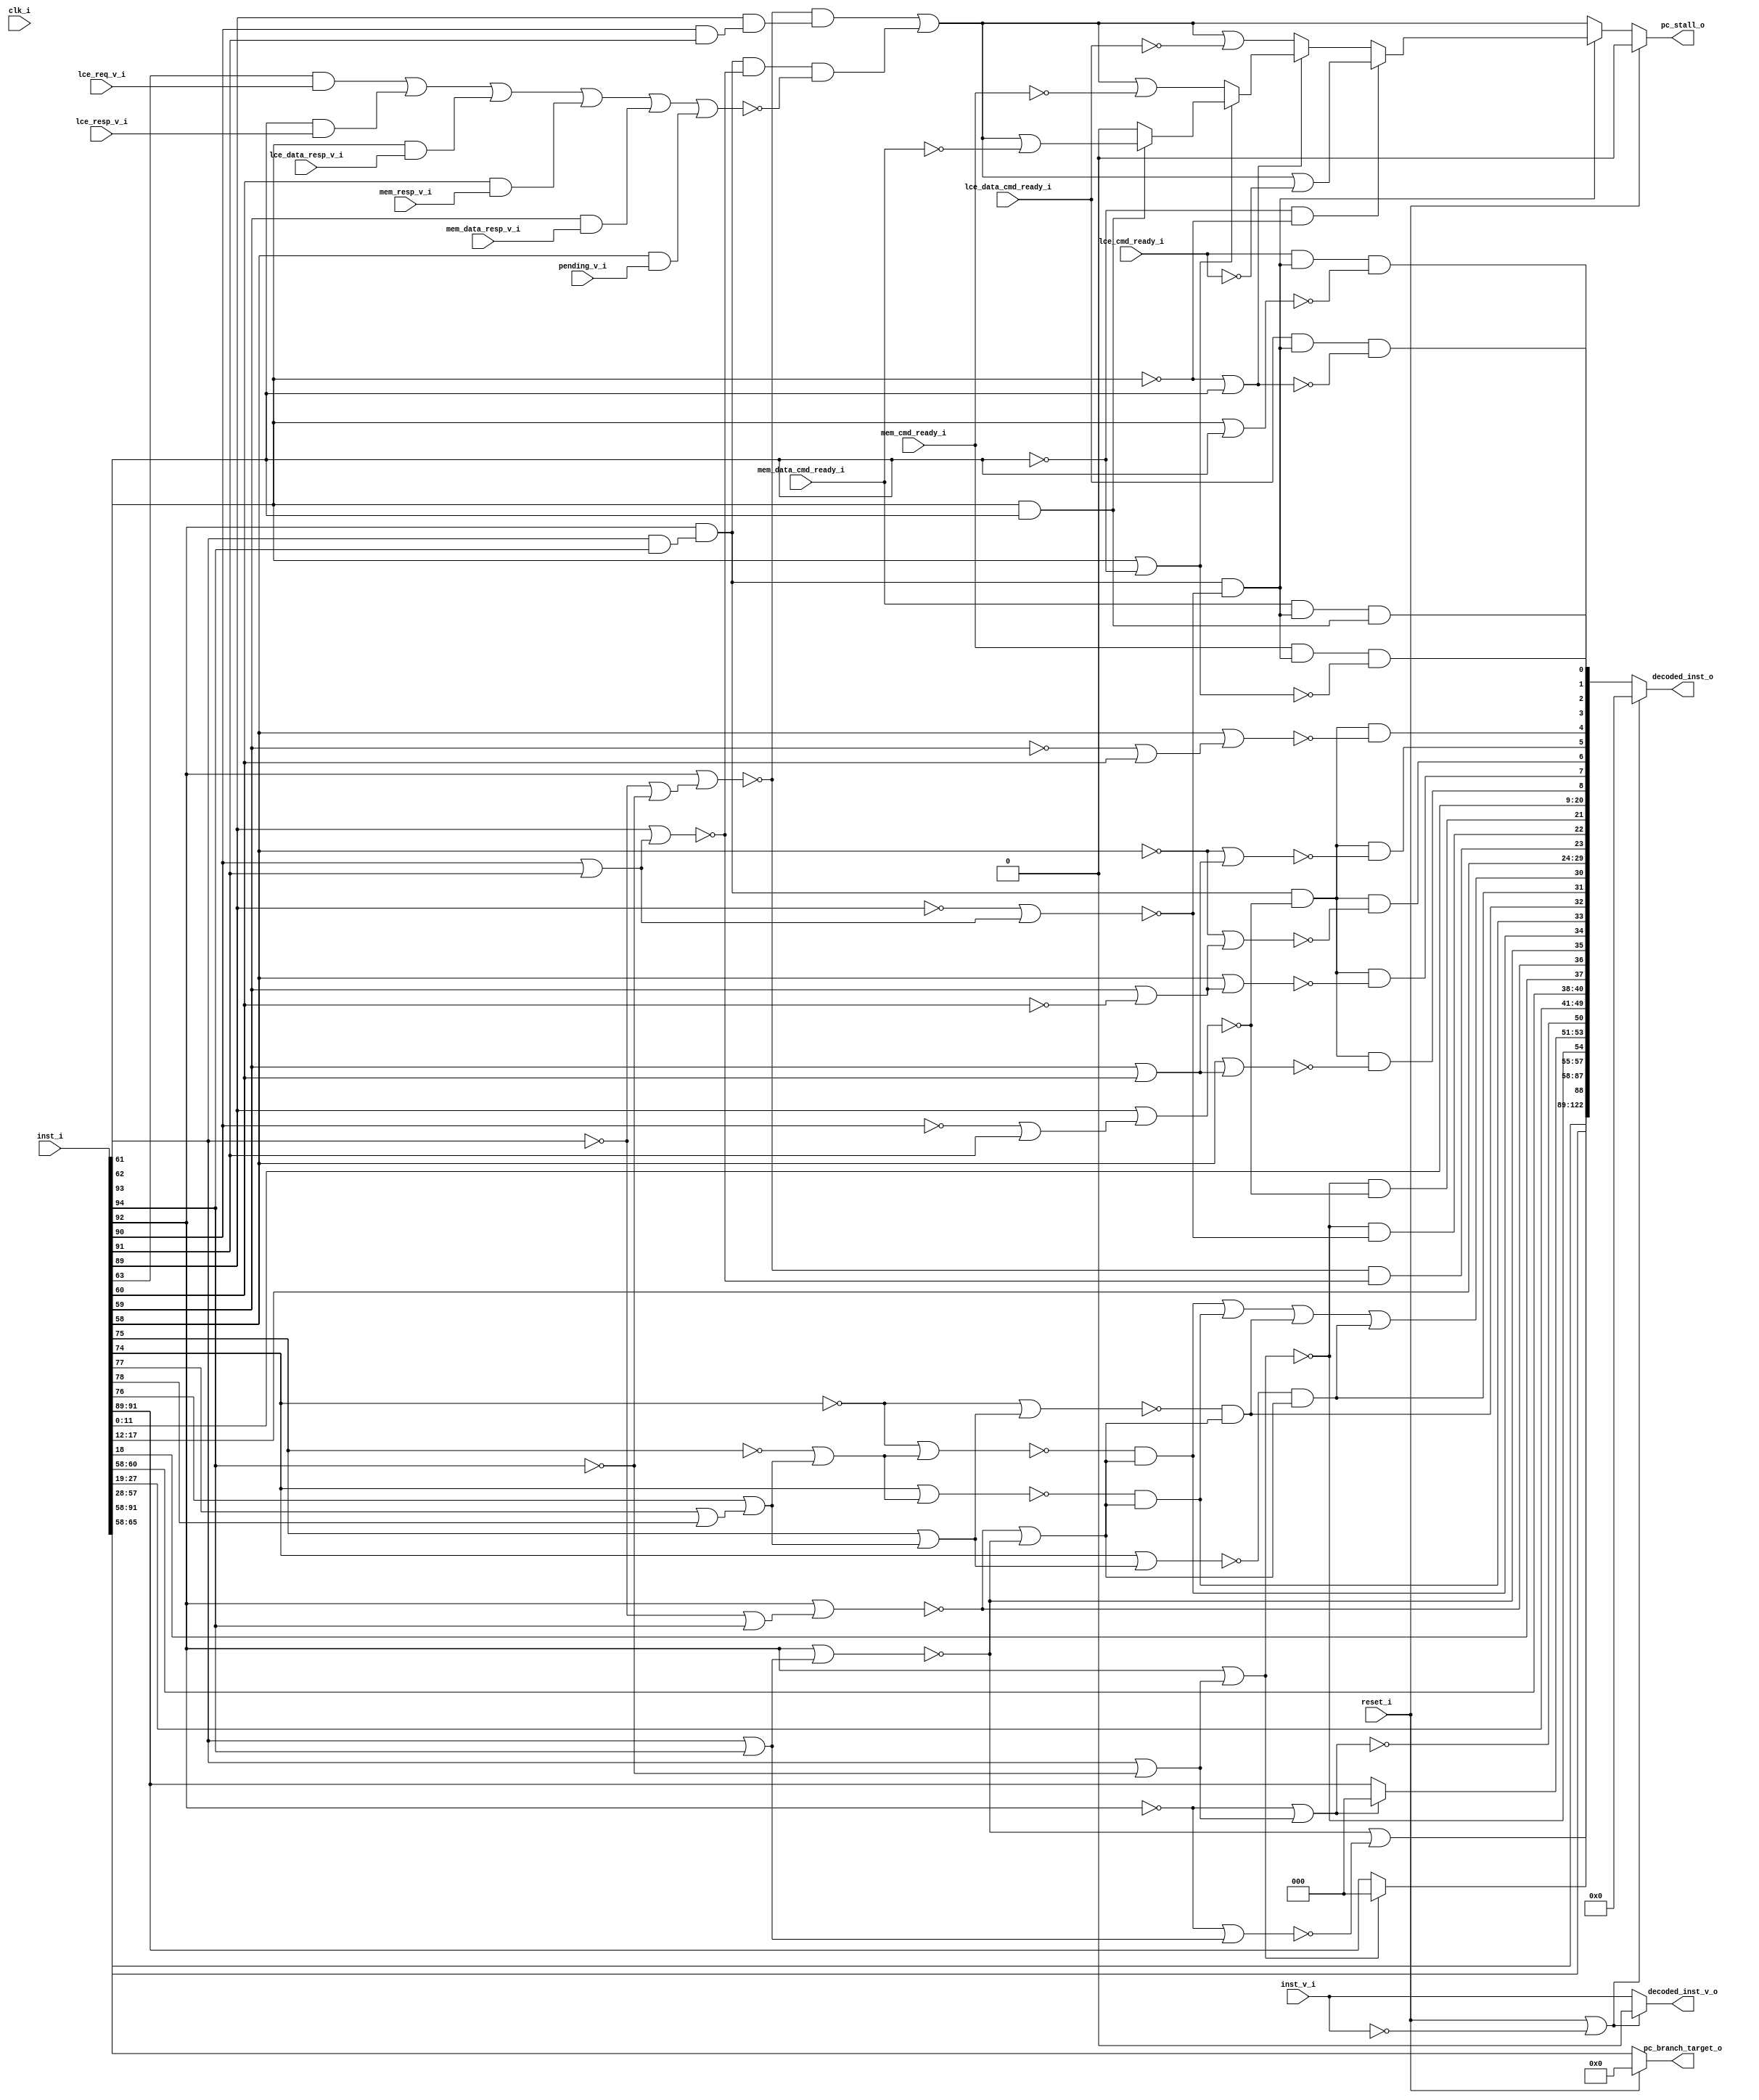
module bp_cce_inst_decode_inst_width_p95_inst_addr_width_p8
(
  clk_i,
  reset_i,
  inst_i,
  inst_v_i,
  lce_req_v_i,
  lce_resp_v_i,
  lce_data_resp_v_i,
  mem_resp_v_i,
  mem_data_resp_v_i,
  pending_v_i,
  lce_cmd_ready_i,
  lce_data_cmd_ready_i,
  mem_cmd_ready_i,
  mem_data_cmd_ready_i,
  decoded_inst_o,
  decoded_inst_v_o,
  pc_stall_o,
  pc_branch_target_o
);

  input [94:0] inst_i;
  output [122:0] decoded_inst_o;
  output [7:0] pc_branch_target_o;
  input clk_i;
  input reset_i;
  input inst_v_i;
  input lce_req_v_i;
  input lce_resp_v_i;
  input lce_data_resp_v_i;
  input mem_resp_v_i;
  input mem_data_resp_v_i;
  input pending_v_i;
  input lce_cmd_ready_i;
  input lce_data_cmd_ready_i;
  input mem_cmd_ready_i;
  input mem_data_cmd_ready_i;
  output decoded_inst_v_o;
  output pc_stall_o;
  wire [122:0] decoded_inst_o;
  wire [7:0] pc_branch_target_o;
  wire decoded_inst_v_o,pc_stall_o,N0,N1,N2,N3,N4,N5,N6,N7,N8,N9,N10,N11,N12,pushq_op,
  popq_op,N13,N14,N15,N16,N17,N18,N19,N20,N21,N22,N23,N24,N25,N26,N27,N28,N29,N30,
  N31,N32,N33,N34,N35,N36,N37,N38,wfq_op,stall_op,wfq_q_ready,N39,N40,N41,N42,N43,
  N44,N45,N46,N47,N48,N49,N50,N51,N52,N53,N54,N55,N56,N57,N58,N59,N60,N61,N62,N63,
  N64,N65,N66,N67,N68,N69,N70,N71,N72,N73,N74,N75,N76,N77,N78,N79,N80,N81,N82,N83,
  N84,N85,N86,N87,N88,N89,N90,N91,N92,N93,N94,N95,N96,N97,N98,N99,N100,N101,N102,
  N103,N104,N105,N106,N107,N108,N109,N110,N111,N112,N113,N114,N115,N116,N117,N118,
  N119,N120,N121,N122,N123,N124,N125,N126,N127,N128,N129,N130,N131,N132,N133,N134,
  N135,N136,N137,N138,N139,N140,N141,N142,N143,N144,N145,N146,N147,N148,N149,N150,
  N151,N152;
  assign N41 = N99 & N96;
  assign N42 = inst_i[62] | N96;
  assign N44 = N99 | inst_i[61];
  assign N46 = inst_i[62] & inst_i[61];
  assign N54 = inst_i[93] | inst_i[94];
  assign N55 = inst_i[92] | N54;
  assign N56 = ~N55;
  assign N57 = ~inst_i[92];
  assign N58 = N57 | N54;
  assign N59 = ~N58;
  assign N60 = ~inst_i[94];
  assign N61 = ~inst_i[93];
  assign N62 = N61 | N60;
  assign N63 = inst_i[92] | N62;
  assign N64 = ~N63;
  assign N65 = inst_i[90] | inst_i[91];
  assign N66 = inst_i[89] | N65;
  assign N67 = ~N66;
  assign N68 = inst_i[93] | N60;
  assign N69 = inst_i[92] | N68;
  assign N70 = ~N69;
  assign N71 = ~inst_i[89];
  assign N72 = N71 | N65;
  assign N73 = ~N72;
  assign N74 = ~inst_i[90];
  assign N75 = N74 | inst_i[91];
  assign N76 = inst_i[89] | N75;
  assign N77 = ~N76;
  assign N78 = inst_i[59] | inst_i[60];
  assign N79 = inst_i[58] | N78;
  assign N80 = ~N79;
  assign N81 = ~inst_i[60];
  assign N82 = inst_i[59] | N81;
  assign N83 = inst_i[58] | N82;
  assign N84 = ~N83;
  assign N85 = ~inst_i[58];
  assign N86 = N85 | N82;
  assign N87 = ~N86;
  assign N88 = N85 | N78;
  assign N89 = ~N88;
  assign N90 = ~inst_i[59];
  assign N91 = N90 | inst_i[60];
  assign N92 = inst_i[58] | N91;
  assign N93 = ~N92;
  assign N94 = inst_i[61] | inst_i[62];
  assign N95 = ~N94;
  assign N96 = ~inst_i[61];
  assign N97 = N96 | inst_i[62];
  assign N98 = ~N97;
  assign N99 = ~inst_i[62];
  assign N100 = inst_i[61] | N99;
  assign N101 = ~N100;
  assign N102 = inst_i[61] & inst_i[62];
  assign N103 = ~inst_i[75];
  assign N104 = ~inst_i[74];
  assign N105 = inst_i[77] | inst_i[78];
  assign N106 = inst_i[76] | N105;
  assign N107 = N103 | N106;
  assign N108 = N104 | N107;
  assign N109 = ~N108;
  assign N110 = inst_i[74] | N107;
  assign N111 = ~N110;
  assign N112 = inst_i[75] | N106;
  assign N113 = N104 | N112;
  assign N114 = ~N113;
  assign N115 = inst_i[74] | N112;
  assign N116 = ~N115;
  assign N117 = N61 | inst_i[94];
  assign N118 = inst_i[92] | N117;
  assign N119 = ~N118;
  assign N120 = inst_i[93] & inst_i[94];
  assign N121 = inst_i[92] & N120;
  assign N122 = N57 | N68;
  assign N123 = ~N122;
  assign N124 = inst_i[90] & inst_i[91];
  assign N125 = inst_i[89] & N124;
  assign { N18, N17, N16 } = (N0)? inst_i[91:89] :
                             (N1)? { 1'b0, 1'b0, 1'b0 } : 1'b0;
  assign N0 = N70;
  assign N1 = N69;
  assign { N21, N20, N19 } = (N2)? inst_i[91:89] :
                             (N3)? { 1'b0, 1'b0, 1'b0 } : 1'b0;
  assign N2 = N123;
  assign N3 = N122;
  assign decoded_inst_v_o = (N4)? 1'b0 :
                            (N14)? inst_v_i : 1'b0;
  assign N4 = N13;
  assign decoded_inst_o = (N4)? { 1'b0, 1'b0, 1'b0, 1'b0, 1'b0, 1'b0, 1'b0, 1'b0, 1'b0, 1'b0, 1'b0, 1'b0, 1'b0, 1'b0, 1'b0, 1'b0, 1'b0, 1'b0, 1'b0, 1'b0, 1'b0, 1'b0, 1'b0, 1'b0, 1'b0, 1'b0, 1'b0, 1'b0, 1'b0, 1'b0, 1'b0, 1'b0, 1'b0, 1'b0, 1'b0, 1'b0, 1'b0, 1'b0, 1'b0, 1'b0, 1'b0, 1'b0, 1'b0, 1'b0, 1'b0, 1'b0, 1'b0, 1'b0, 1'b0, 1'b0, 1'b0, 1'b0, 1'b0, 1'b0, 1'b0, 1'b0, 1'b0, 1'b0, 1'b0, 1'b0, 1'b0, 1'b0, 1'b0, 1'b0, 1'b0, 1'b0, 1'b0, 1'b0, 1'b0, 1'b0, 1'b0, 1'b0, 1'b0, 1'b0, 1'b0, 1'b0, 1'b0, 1'b0, 1'b0, 1'b0, 1'b0, 1'b0, 1'b0, 1'b0, 1'b0, 1'b0, 1'b0, 1'b0, 1'b0, 1'b0, 1'b0, 1'b0, 1'b0, 1'b0, 1'b0, 1'b0, 1'b0, 1'b0, 1'b0, 1'b0, 1'b0, 1'b0, 1'b0, 1'b0, 1'b0, 1'b0, 1'b0, 1'b0, 1'b0, 1'b0, 1'b0, 1'b0, 1'b0, 1'b0, 1'b0, 1'b0, 1'b0, 1'b0, 1'b0, 1'b0, 1'b0, 1'b0, 1'b0 } :
                          (N14)? { inst_i[91:58], N15, inst_i[57:28], N18, N17, N16, N70, N21, N20, N19, N123, inst_i[27:19], inst_i[60:58], inst_i[18:18], N119, N56, N22, N23, N24, N25, N26, inst_i[17:12], N27, N28, N29, inst_i[11:0], N30, N31, N32, N33, N34, N35, N36, N37, N38 } : 1'b0;
  assign N51 = (N5)? N47 :
               (N6)? N48 :
               (N7)? N49 :
               (N8)? N50 : 1'b0;
  assign N5 = N41;
  assign N6 = N43;
  assign N7 = N45;
  assign N8 = N46;
  assign N52 = (N9)? N51 :
               (N10)? N39 : 1'b0;
  assign N9 = pushq_op;
  assign N10 = N40;
  assign pc_stall_o = (N11)? 1'b0 :
                      (N12)? N52 : 1'b0;
  assign N11 = reset_i;
  assign N12 = N53;
  assign pc_branch_target_o = (N11)? { 1'b0, 1'b0, 1'b0, 1'b0, 1'b0, 1'b0, 1'b0, 1'b0 } :
                              (N12)? inst_i[65:58] : 1'b0;
  assign pushq_op = N121 & N73;
  assign popq_op = N121 & N77;
  assign N13 = reset_i | N126;
  assign N126 = ~inst_v_i;
  assign N14 = ~N13;
  assign N15 = N56 | N59;
  assign N22 = N109 & N127;
  assign N127 = N119 | N56;
  assign N23 = N111 & N128;
  assign N128 = N119 | N56;
  assign N24 = N114 & N129;
  assign N129 = N119 | N56;
  assign N25 = N116 & N130;
  assign N130 = N119 | N56;
  assign N26 = N132 | N25;
  assign N132 = N131 | N24;
  assign N131 = N22 | N23;
  assign N27 = N64 & N67;
  assign N28 = N70 & N73;
  assign N29 = N70 & N77;
  assign N30 = popq_op & N80;
  assign N31 = popq_op & N84;
  assign N32 = popq_op & N87;
  assign N33 = popq_op & N89;
  assign N34 = popq_op & N93;
  assign N35 = N133 & N95;
  assign N133 = lce_cmd_ready_i & pushq_op;
  assign N36 = N134 & N98;
  assign N134 = lce_data_cmd_ready_i & pushq_op;
  assign N37 = N135 & N101;
  assign N135 = mem_cmd_ready_i & pushq_op;
  assign N38 = N136 & N102;
  assign N136 = mem_data_cmd_ready_i & pushq_op;
  assign wfq_op = N121 & N67;
  assign stall_op = N64 & N125;
  assign wfq_q_ready = N145 | N146;
  assign N145 = N143 | N144;
  assign N143 = N141 | N142;
  assign N141 = N139 | N140;
  assign N139 = N137 | N138;
  assign N137 = inst_i[63] & lce_req_v_i;
  assign N138 = inst_i[62] & lce_resp_v_i;
  assign N140 = inst_i[61] & lce_data_resp_v_i;
  assign N142 = inst_i[60] & mem_resp_v_i;
  assign N144 = inst_i[59] & mem_data_resp_v_i;
  assign N146 = inst_i[58] & pending_v_i;
  assign N39 = stall_op | N148;
  assign N148 = wfq_op & N147;
  assign N147 = ~wfq_q_ready;
  assign N40 = ~pushq_op;
  assign N43 = ~N42;
  assign N45 = ~N44;
  assign N47 = N39 | N149;
  assign N149 = ~lce_cmd_ready_i;
  assign N48 = N39 | N150;
  assign N150 = ~lce_data_cmd_ready_i;
  assign N49 = N39 | N151;
  assign N151 = ~mem_cmd_ready_i;
  assign N50 = N39 | N152;
  assign N152 = ~mem_data_cmd_ready_i;
  assign N53 = ~reset_i;

endmodule